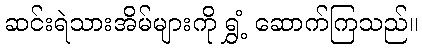
ဆင်းရဲသားအိမ်များကို ရွှံ့ ဆောက်ကြသည်။